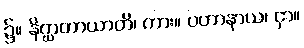
၌။ နိဂ္ဃာတာယာတိ၊ ကား။ ပဟာနာယ၊ ငှာ။